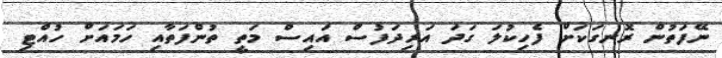
ނޭފަތުން ރޮނގަކަށް ފެހިކުލަ ގަދަ އަރިދަފުސް އައިސް މަތީ ތުންފަތާއި ހަމައަށް ހުއްޓި